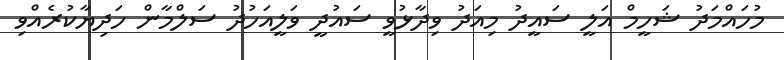
މުހައްމަދު ޝަހީމް އަލީ ސައީދު މިއަދު ވިދާޅުވީ ސައުދީ ވަލީއަހުދު ސަލްމާން ހަދިޔާކުރެއްވި